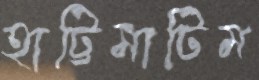
হাট্টিমাটিম